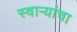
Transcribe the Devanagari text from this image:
स्वाऱ्यांचा